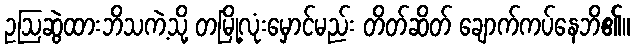
ဥဩဆွဲထားဘိသကဲ့သို့ တမြို့လုံးမှောင်မည်း တိတ်ဆိတ် ချောက်ကပ်နေဘိ၏။